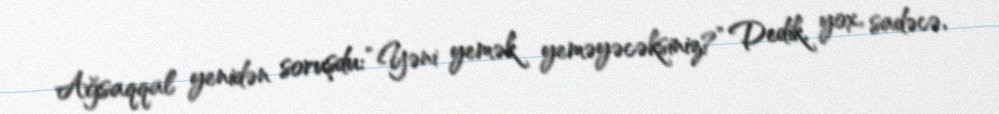
Ağsaqqal yenidən soruşdu: “Yəni yemək yeməyəcəksiniz?” Dedik, yox, sadəcə,